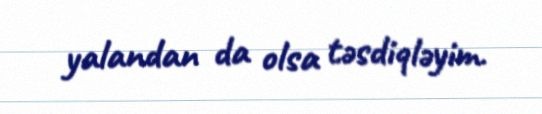
yalandan da olsa təsdiqləyim.